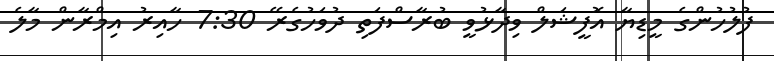
ފުލުހުންގެ މީޑިޔާ އޮފީޝަލް ވިދާޅުވީ ބުރާސްފަތި ދުވަހުގެރޭ 7:30 ހާއިރު އިމްރާން މާލެ